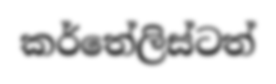
කර්තේලිස්ටත්